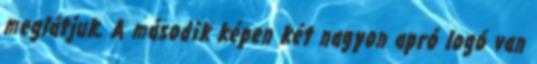
meglátjuk. A második képen két nagyon apró logó van